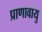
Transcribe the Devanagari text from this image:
प्राणावायु